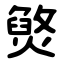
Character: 㷺